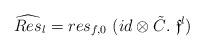
LaTeX: \begin{align*}\widehat{Res}_l=res_{f,0}\ (id \otimes \tilde{C} .\ \mathfrak{f}^l)\end{align*}